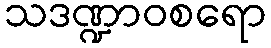
သဒဏ္ဍာဝစရော